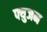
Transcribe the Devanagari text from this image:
फ्युजन